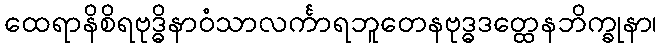
ထေရာနိစိရဗုဒ္ဓိနာဝံသာလင်္ကာရဘူတေနဗုဒ္ဓဒတ္ထေနဘိက္ခုနာ၊